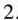
2.